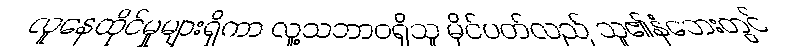
လူနေထိုင်မှုများရှိကာ လူ့သဘာဝရှိသူ မိုင်ပတ်လည် သူ၏နံဘေးတွင်